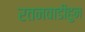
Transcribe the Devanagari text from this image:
रतनवाडीहुन